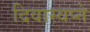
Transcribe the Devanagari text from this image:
दिवास्वप्ने